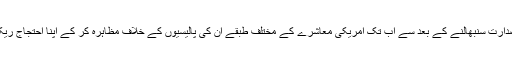
ٹرمپ کے عہدہ صدارت سنبھالنے کے بعد سے اب تک امریکی معاشرے کے مختلف طبقے ان کی پالیسیوں کے خلاف مظاہرہ کر کے اپنا احتجاج ریکارڈ کرا چکے ہیں۔